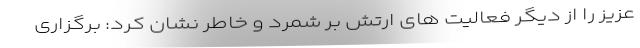
عزیز را از دیگر فعالیت های ارتش بر شمرد و خاطر نشان کرد: برگزاری